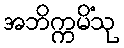
အဘိက္ကမိံသု